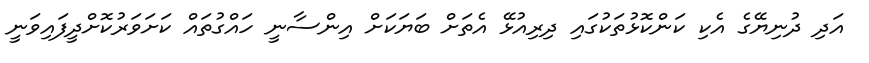
އަދި ދުނިޔޭގެ އެކި ކަންކޮޅުތަކުގައި ދިރިއުޅޭ އެތަށް ބަޔަކަށް އިންސާނީ ހައްގުތައް ކަށަވަރުކޮށްދީފައިވަނީ